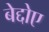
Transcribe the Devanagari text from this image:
बेद्दोए